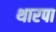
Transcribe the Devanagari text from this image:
थारपा